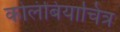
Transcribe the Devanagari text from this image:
कोलंबियाचित्र